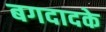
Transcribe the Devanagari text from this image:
बगदादके